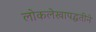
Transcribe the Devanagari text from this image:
लोकलेखापद्धतीने